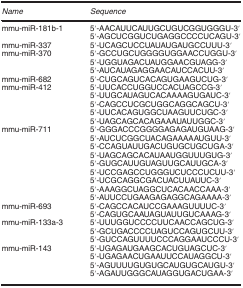
<table><thead><tr><td><b><i>Name</i></b></td><td><b><i>Sequence</i></b></td></tr></thead><tbody><tr><td>mmu-miR-181b-1</td><td>5′-AACAUUCAUUGCUGUCGGUGGGU-3′</td></tr><tr><td>[EMPTY_CELL]</td><td>5′-AGCUCGGUCUGAGGCCCCUCAGU-3′</td></tr><tr><td>mmu-miR-337</td><td>5′-UCAGCUCCUAUAUGAUGCCUUU-3′</td></tr><tr><td>mmu-miR-370</td><td>5′-GCCUGCUGGGGUGGAACCUGGU-3′</td></tr><tr><td>[EMPTY_CELL]</td><td>5′-UGGUAGACUAUGGAACGUAGG-3′</td></tr><tr><td>[EMPTY_CELL]</td><td>5′-AUCAUAGAGGAACAUCCACUU-3′</td></tr><tr><td>mmu-miR-682</td><td>5′-CUGCAGUCACAGUGAAGUCUG-3′</td></tr><tr><td>mmu-miR-412</td><td>5′-UUCACCUGGUCCACUAGCCG-3′</td></tr><tr><td>[EMPTY_CELL]</td><td>5′-UUGCAUAGUCACAAAAGUGAUC-3′</td></tr><tr><td>[EMPTY_CELL]</td><td>5′-CAGCCUCGCUGGCAGGCAGCU-3′</td></tr><tr><td>[EMPTY_CELL]</td><td>5′-UUCACAGUGGCUAAGUUCUGC-3′</td></tr><tr><td>[EMPTY_CELL]</td><td>5′-UAGCAGCACAGAAAUAUUGGC-3′</td></tr><tr><td>mmu-miR-711</td><td>5′-GGGACCCGGGGAGAGAUGUAAG-3′</td></tr><tr><td>[EMPTY_CELL]</td><td>5′-AUCUCGGCUACAGAAAAAUGUU-3′</td></tr><tr><td>[EMPTY_CELL]</td><td>5′-CCAGUAUUGACUGUGCUGCUGA-3′</td></tr><tr><td>[EMPTY_CELL]</td><td>5′-UAGCAGCACAUAAUGGUUUGUG-3′</td></tr><tr><td>[EMPTY_CELL]</td><td>5′-GUGCAUUGUAGUUGCAUUGCA-3′</td></tr><tr><td>[EMPTY_CELL]</td><td>5′-UCCGAGCCUGGGUCUCCCUCUU-3′</td></tr><tr><td>[EMPTY_CELL]</td><td>5′-UCGCAGGCGACUACUUAUUC-3′</td></tr><tr><td>[EMPTY_CELL]</td><td>5′-AAAGGCUAGGCUCACAACCAAA-3′</td></tr><tr><td>[EMPTY_CELL]</td><td>5′-AUUCCUGAAGAGAGGCAGAAAA-3′</td></tr><tr><td>mmu-miR-693</td><td>5′-CAGCCACAUCCGAAAGUUUUC-3′</td></tr><tr><td>[EMPTY_CELL]</td><td>5′-CAGUGCAAUAGUAUUGUCAAAG-3′</td></tr><tr><td>mmu-miR-133a-3</td><td>5′-UUUGGUCCCCUUCAACCAGCUG-3′</td></tr><tr><td>[EMPTY_CELL]</td><td>5′-GCUGACCCCUAGUCCAGUGCUU-3′</td></tr><tr><td>[EMPTY_CELL]</td><td>5′-GUCCAGUUUUCCCAGGAAUCCCU-3′</td></tr><tr><td>mmu-miR-143</td><td>5′-UGAGAUGAAGCACUGUAGCUC-3′</td></tr><tr><td>[EMPTY_CELL]</td><td>5′-UGAGAACUGAAUUCCAUAGGCU-3′</td></tr><tr><td>[EMPTY_CELL]</td><td>5′-AGUUUUGUGUGCAUGUGCAUGU-3′</td></tr><tr><td>[EMPTY_CELL]</td><td>5′-AGAUUGGGCAUAGGUGACUGAA-3′</td></tr></tbody></table>